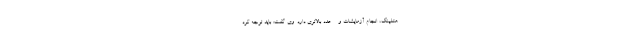
هتلینگ، انجام آزمایشات و ... عدد بالاتری دارد. وی گفت: باید توجه کرد